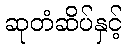
ဆုတံဆိပ်နှင့်